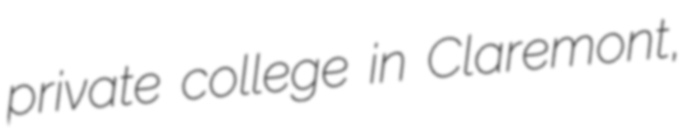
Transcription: private college in Claremont,